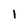
Character: 1